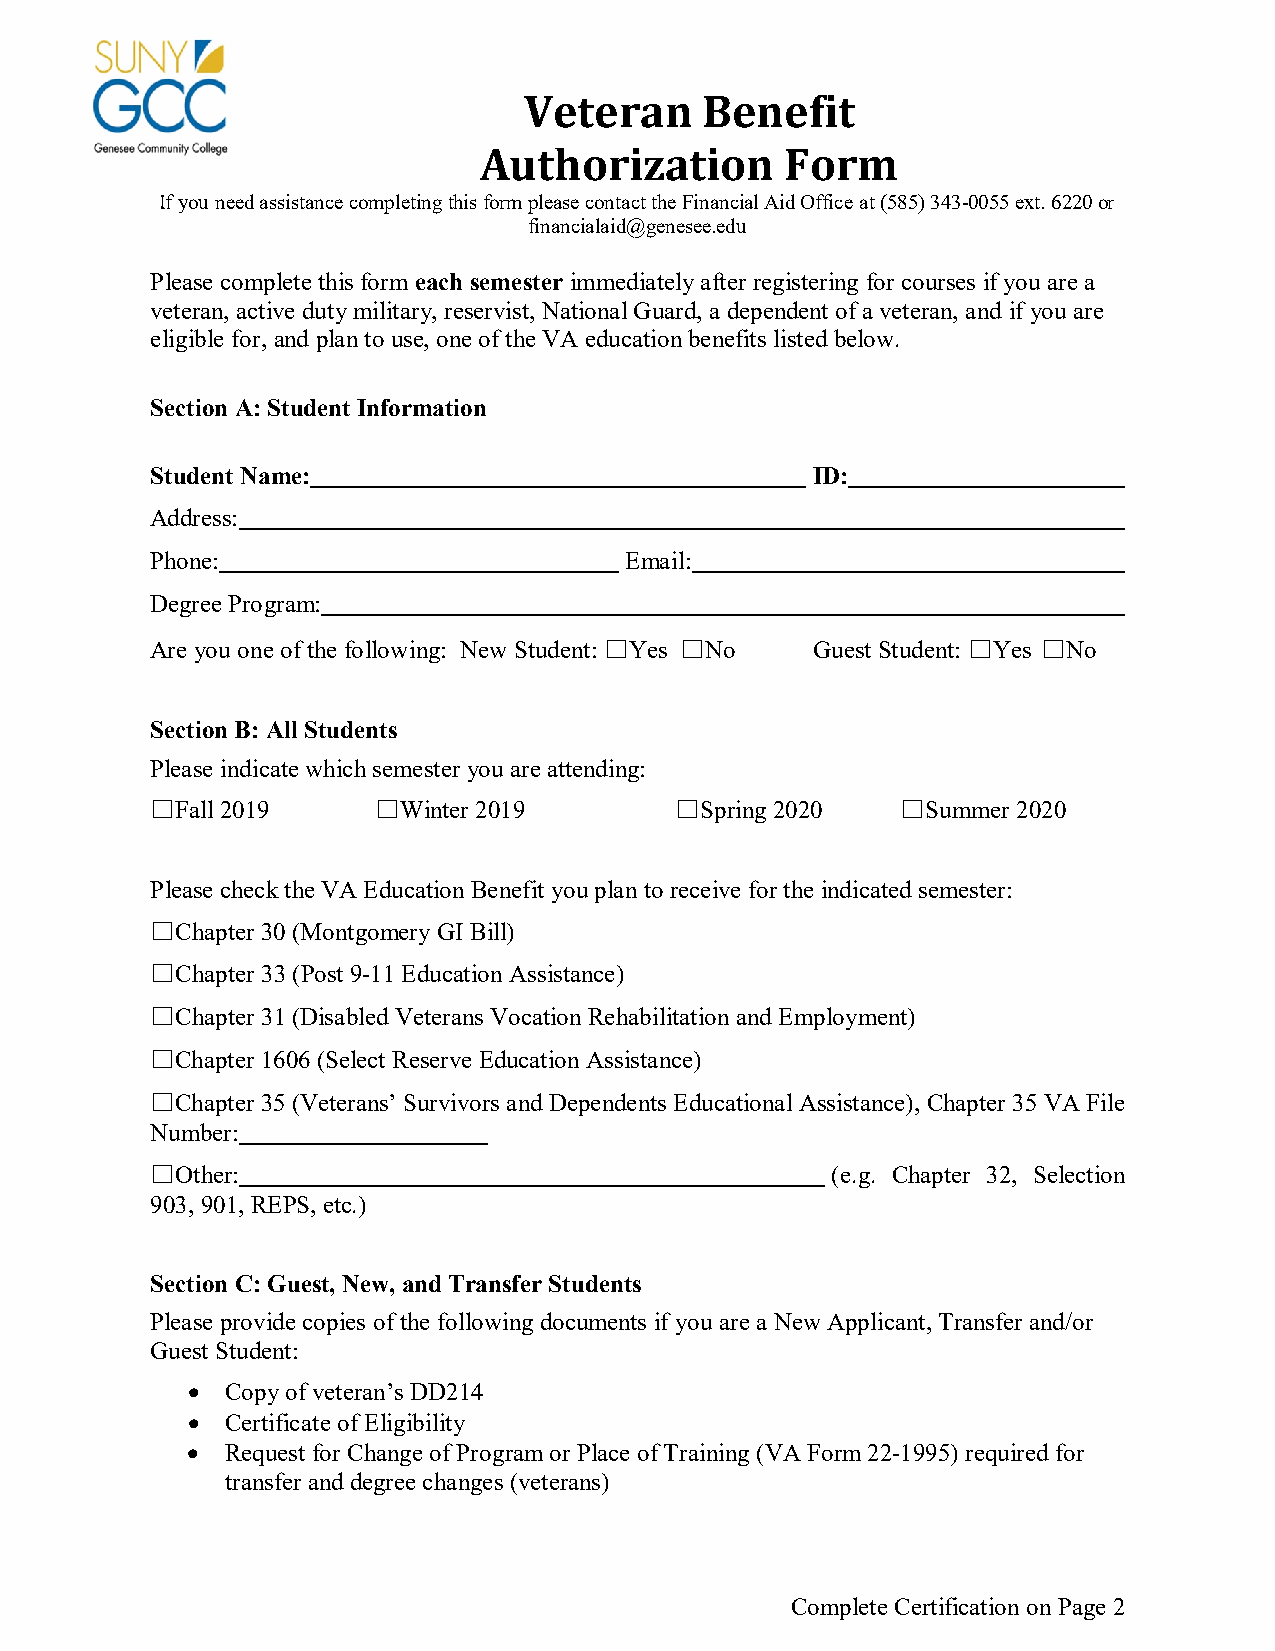
Veteran    Benefit
 Authorization       Form
 If you need assistance completing this form please contact the Financial Aid Office at (585) 343-0055 ext. 6220 or
 financialaid@genesee.edu
 Please complete this form each semester immediately after registering for courses if you are a
 veteran, active duty military, reservist, National Guard, a dependent of a veteran, and if you are
 eligible for, and plan to use, one of the VA education benefits listed below.
 Section A: Student Information
 Student Name:                               ID:
 Address:
 Phone:                         Email:
 Degree Program:
 Are you one of the following: New Student: ☐Yes ☐No Guest Student: ☐Yes ☐No
 Section B: All Students
 Please indicate which semester you are attending:
 ☐Fall 2019     ☐Winter 2019        ☐Spring 2020   ☐Summer 2020
 Please check the VA Education Benefit you plan to receive for the indicated semester:
 ☐Chapter 30 (Montgomery GI Bill)
 ☐Chapter 33 (Post 9-11 Education Assistance)
 ☐Chapter 31 (Disabled Veterans Vocation Rehabilitation and Employment)
 ☐Chapter 1606 (Select Reserve Education Assistance)
 ☐Chapter 35 (Veterans’ Survivors and Dependents Educational Assistance), Chapter 35 VA File
 Number:
 ☐Other:                                      (e.g. Chapter 32, Selection
 903, 901, REPS, etc.)
 Section C: Guest, New, and Transfer Students
 Please provide copies of the following documents if you are a New Applicant, Transfer and/or
 Guest Student:
 •  Copy of veteran’s DD214
 •  Certificate of Eligibility
 •  Request for Change of Program or Place of Training (VA Form 22-1995) required for
 transfer and degree changes (veterans)
 Complete Certification on Page 2